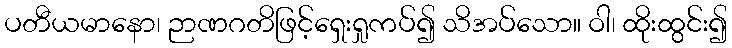
ပတီယမာနော၊ ဉာဏဂတိဖြင့်ရှေးရှုကပ်၍ သိအပ်သော။ ဝါ၊ ထိုးထွင်း၍